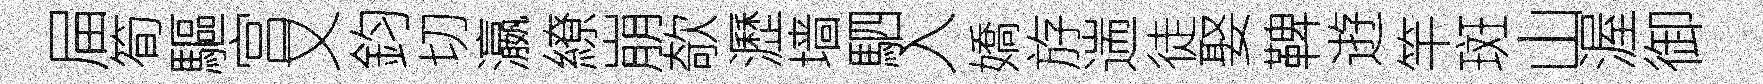
屇筍驅宫又鈞切瀛繚崩欹瀝墙駟入嬌斿遄徒娶鞞逰竿斑山渥御